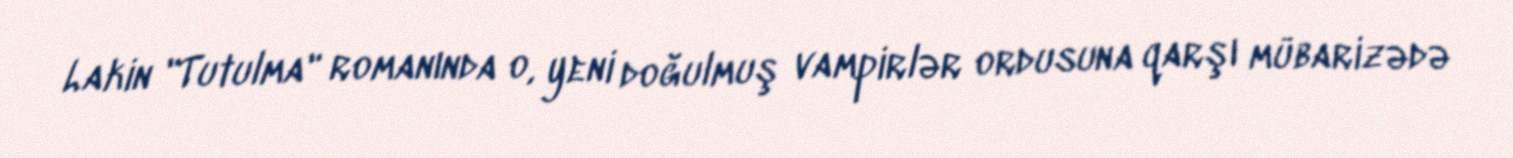
Lakin "Tutulma" romanında o, yeni doğulmuş vampirlər ordusuna qarşı mübarizədə